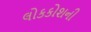
લોકકોશની